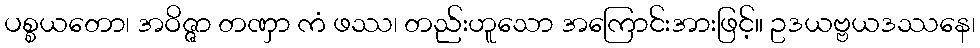
ပစ္စယတော၊ အဝိဇ္ဇာ တဏှာ ကံ ဖဿ၊ တည်းဟူသော အကြောင်းအားဖြင့်။ ဥဒယဗ္ဗယဒဿနေ၊